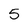
Character: 5